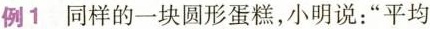
例1同样的一块圆形蛋糕，小明说：”平均